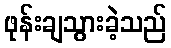
ဖုန်းချသွားခဲ့သည်